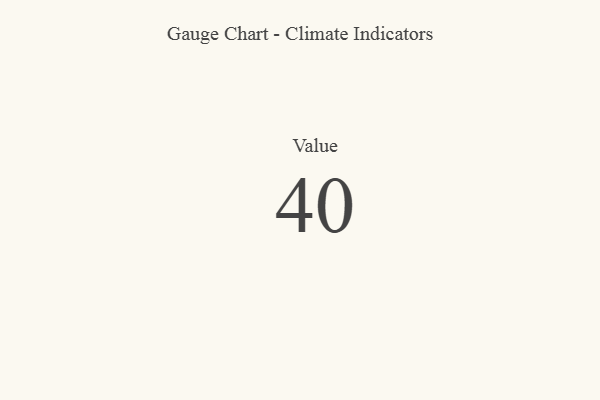
{"axis": {"x": "Metric", "y": "Value"}, "legend": [""], "data": [{"x": "Value", "y": 40, "type": ""}]}